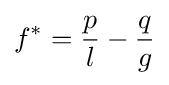
f^{*}={\frac {p}{l}}-{\frac {q}{g}}